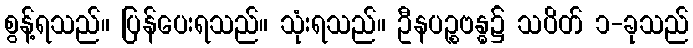
စွန့်ရသည်။ ပြန်ပေးရသည်။ သုံးရသည်။ ဦနပဉ္စဗန္ဓ၌ သပိတ် ၁-ခုသည်